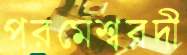
পরমেশ্বরদী